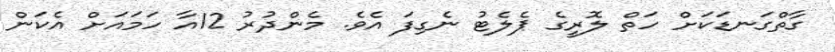
ގާާތްގަނޑަކަށް ހަތް ލޮރީގެ ޕެލެޓު ނެގިފަ އެެވެ. މެންދުރު 12އާ ހަމައަށް އެކަން